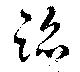
蹈